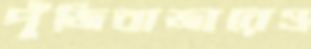
পুঁজিবাজারেও